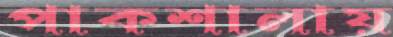
পাকশালায়